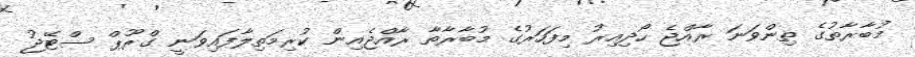
މުބާރާތުގެ ތިންވަނަ ރާއްޖެ ހޯދިއިރު މިފަހަރުގެ މުބާރާތާ ރާއްޖެއިން ކުރިމަތިލާފައިވަނީ ގްރޫޕް ސްޓޭޖު